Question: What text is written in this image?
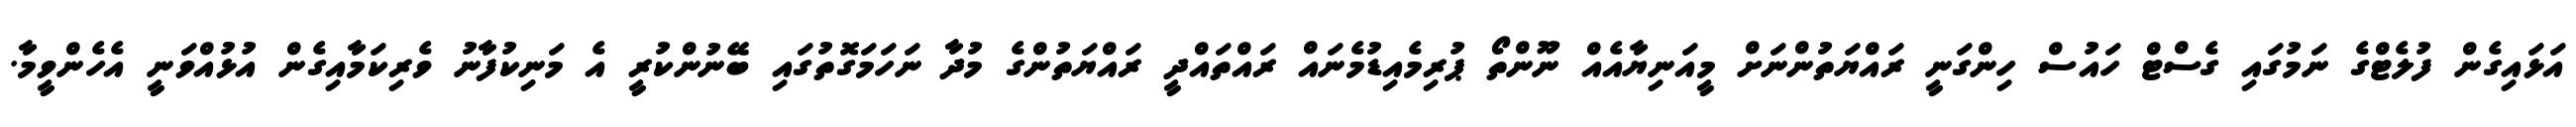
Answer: އަޅައިގެން ފުލެޓްގެ ނަމުގައި ގެސްޓް ހައުސް ހިންގަނީ ރައްޔަތުންނަށް މީއަނިޔާއެއް ނޫންތޯ ޕުރިމެއިޑުމެނައް ރައްތައްދީ ރައްޔަތުންގެ މުދާ ނަހަމަގޮތުގައި ބޭނުންކުރީ އެ މަނިކުފާނު ވެރިކަމާއިގެން އުޅުއްވަނީ އެހެންވީމާ.